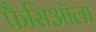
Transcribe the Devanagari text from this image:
फैसिऑला